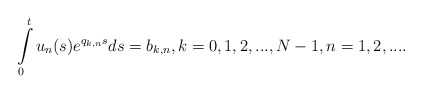
\begin{align*}\int\limits_0^{t}u_n(s)e^{q_{k,n}s}ds=b_{k,n},k=0,1,2,...,N-1,n=1,2,....\end{align*}